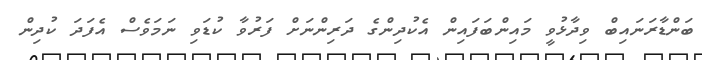
ބަންޑާރަނައިބް ވިދާޅުވީ މައިންބަފައިން އެކުދިންގެ ދަރިންނަށް ފަރުވާ ކުޑަވި ނަަމަވެސް އެފަދަ ކުދިން